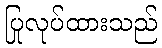
ပြုလုပ်ထားသည်